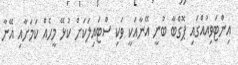
އިންޓަވިއުއްގައި ޕޮގްބާ ބުނީ އޭނާއަކީ ވަކި ސްޓައިލަކަށް ކުޅޭ މީހެއް ކަމަށާއި އޭނާ